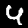
Digit: 4